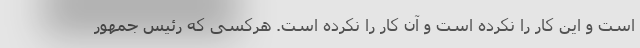
است و این کار را نکرده است و آن کار را نکرده است. هرکسی که رئیس جمهور